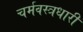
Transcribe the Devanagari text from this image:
चर्मवस्त्रधारी